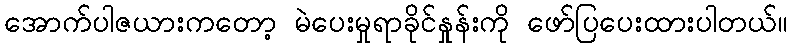
အောက်ပါဇယားကတော့ မဲပေးမှုရာခိုင်နှုန်းကို ဖော်ပြပေးထားပါတယ်။